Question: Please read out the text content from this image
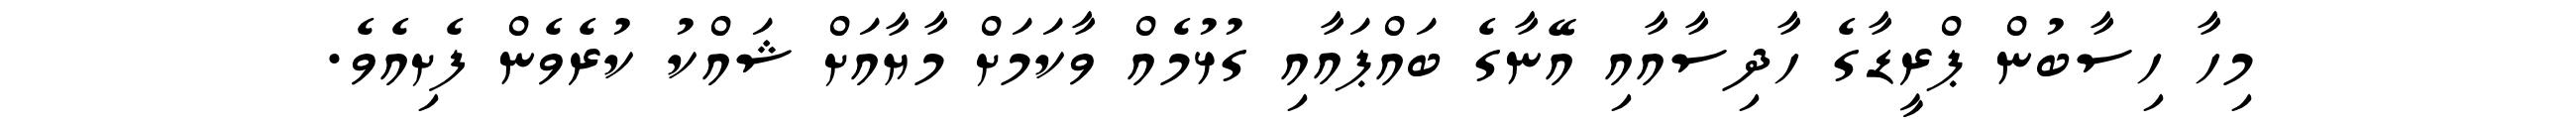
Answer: މިހާ ހިސާބުން ޕްރީޑާގެ ހާދިސާއާއި އޭނާގެ ބައްޕައާއި ގުޅުމެއް ވާކަމަށް މާޔާއަށް ޝައްކު ކުރެވެން ފެށިއެވެ.